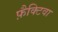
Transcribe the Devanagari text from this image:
फ़ैक्टिवा